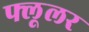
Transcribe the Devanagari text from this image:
फ्लूलर